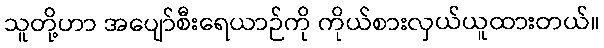
သူတို့ဟာ အပျော်စီးရေယာဉ်ကို ကိုယ်စားလှယ်ယူထားတယ်။